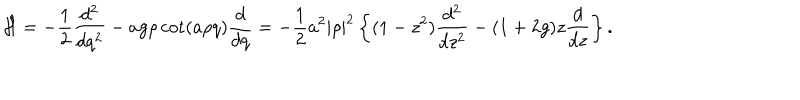
LaTeX: \hat { \cal H } = - { \frac { 1 } { 2 } } { \frac { d ^ { 2 } } { d q ^ { 2 } } } - a g \rho \cot ( a \rho q ) { \frac { d } { d q } } = - { \frac { 1 } { 2 } } a ^ { 2 } | \rho | ^ { 2 } \left\{ ( 1 - z ^ { 2 } ) { \frac { d ^ { 2 } } { d z ^ { 2 } } } - ( 1 + 2 g ) z { \frac { d } { d z } } \right\} .